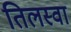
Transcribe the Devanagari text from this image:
तिलस्वा